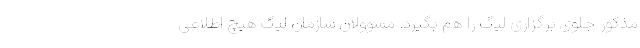
مذکور جلوی برگزاری لیگ را هم بگیرد. مسوولان سازمان لیگ هیچ اطلاعی